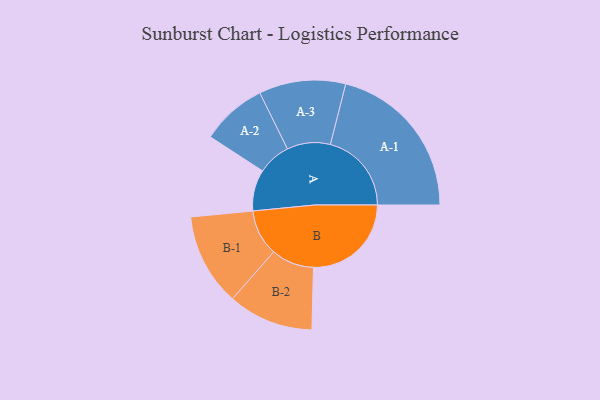
{"axis": {"x": "Segment", "y": "Value"}, "legend": ["", "A", "B"], "data": [{"x": "A", "y": 143, "type": ""}, {"x": "B", "y": 339, "type": ""}, {"x": "A-1", "y": 281, "type": "A"}, {"x": "A-2", "y": 114, "type": "A"}, {"x": "A-3", "y": 150, "type": "A"}, {"x": "B-1", "y": 160, "type": "B"}, {"x": "B-2", "y": 148, "type": "B"}]}